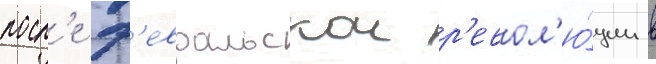
посл'е ф'евральскои р'евол'ю́ции в